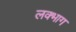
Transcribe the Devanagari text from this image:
लक्भाग